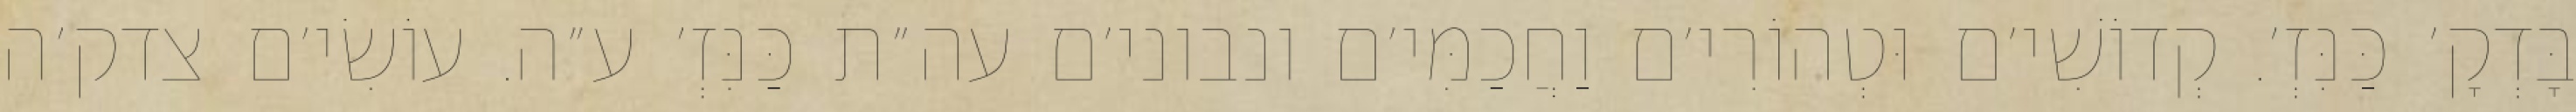
בָּדְקָ׳ כַּנִּזְ׳. קְדוֹשִׁי׳ם וּטְהוֹרִי׳ם וַחֲכַמִּי׳ם ונבוני׳ם עה״ת כַּנִּזְ׳ ע״ה. עוֹשִׂי׳ם צדק׳ה